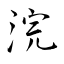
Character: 浣